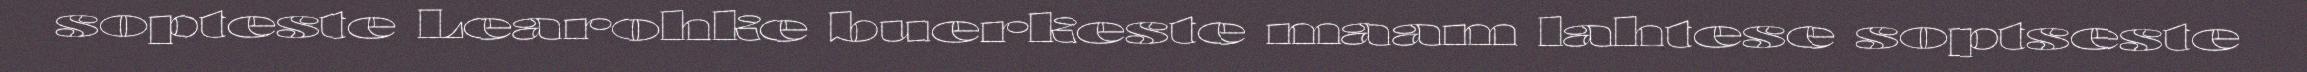
sopteste Learohke buerkeste maam lahtese soptseste